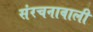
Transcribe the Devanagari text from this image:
संरचनावाली